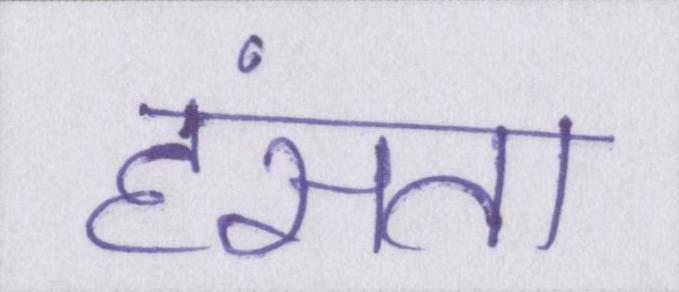
हंसता